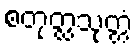
စတုတ္ထသုတ္တံ